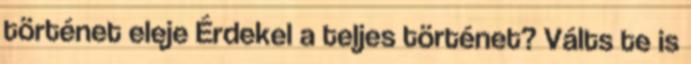
történet eleje Érdekel a teljes történet? Válts te is